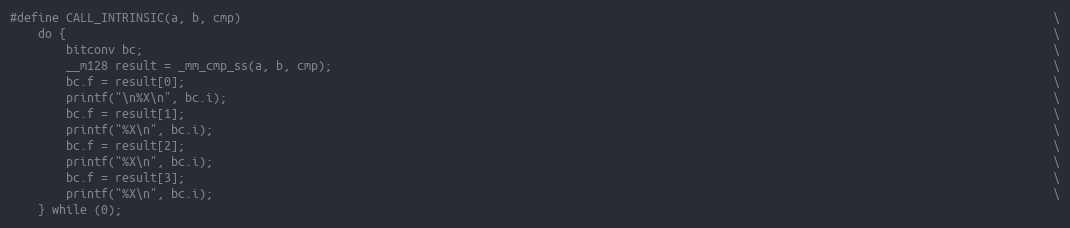
Language: C
#define CALL_INTRINSIC(a, b, cmp)                                                                                                                    \
    do {                                                                                                                                             \
        bitconv bc;                                                                                                                                  \
        __m128 result = _mm_cmp_ss(a, b, cmp);                                                                                                       \
        bc.f = result[0];                                                                                                                            \
        printf("\n%X\n", bc.i);                                                                                                                      \
        bc.f = result[1];                                                                                                                            \
        printf("%X\n", bc.i);                                                                                                                        \
        bc.f = result[2];                                                                                                                            \
        printf("%X\n", bc.i);                                                                                                                        \
        bc.f = result[3];                                                                                                                            \
        printf("%X\n", bc.i);                                                                                                                        \
    } while (0);